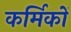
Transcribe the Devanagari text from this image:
कर्मिकाें